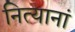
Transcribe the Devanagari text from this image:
नित्यानां